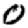
Digit: 0